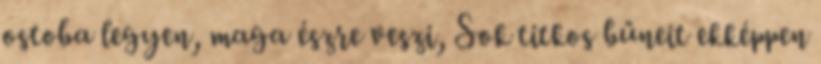
ostoba legyen, maga észre veszi, Sok titkos bűneit ekképpen